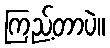
ကြည့်တာပဲ။